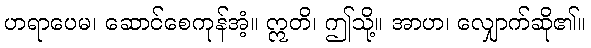
ဟရာပေမ၊ ဆောင်စေကုန်အံ့။ ဣတိ၊ ဤသို့။ အာဟ၊ လျှောက်ဆို၏။